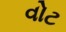
વોટ